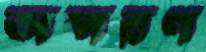
অস্মরণ